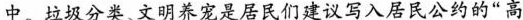
中。垃圾分类、文明养宠是居民们建议写入居民公约的“高